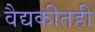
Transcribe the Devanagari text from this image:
वैद्यकीतही